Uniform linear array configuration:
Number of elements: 8
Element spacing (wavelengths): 0.5
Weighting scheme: exponential
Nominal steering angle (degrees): -45
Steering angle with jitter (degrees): -44.381
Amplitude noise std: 0.05
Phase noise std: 0.05

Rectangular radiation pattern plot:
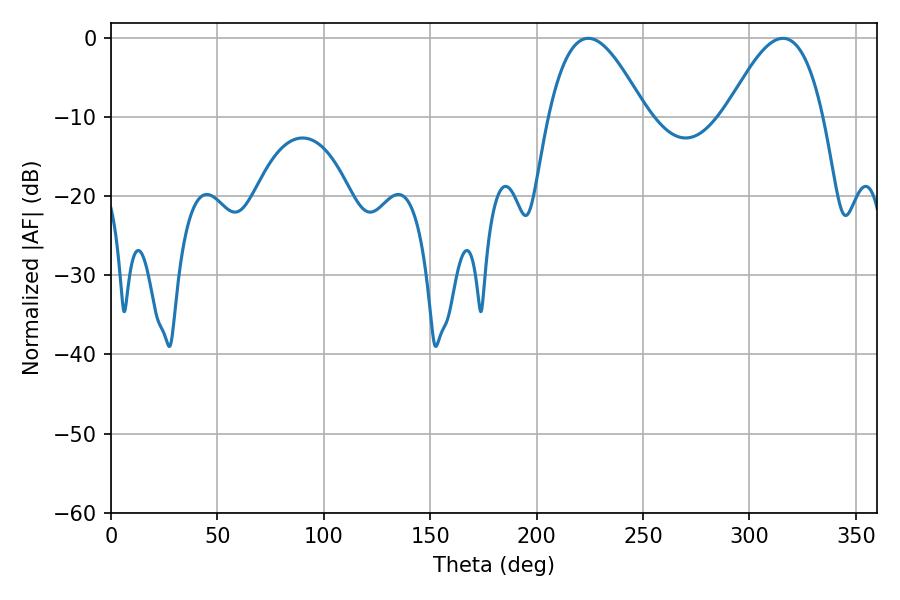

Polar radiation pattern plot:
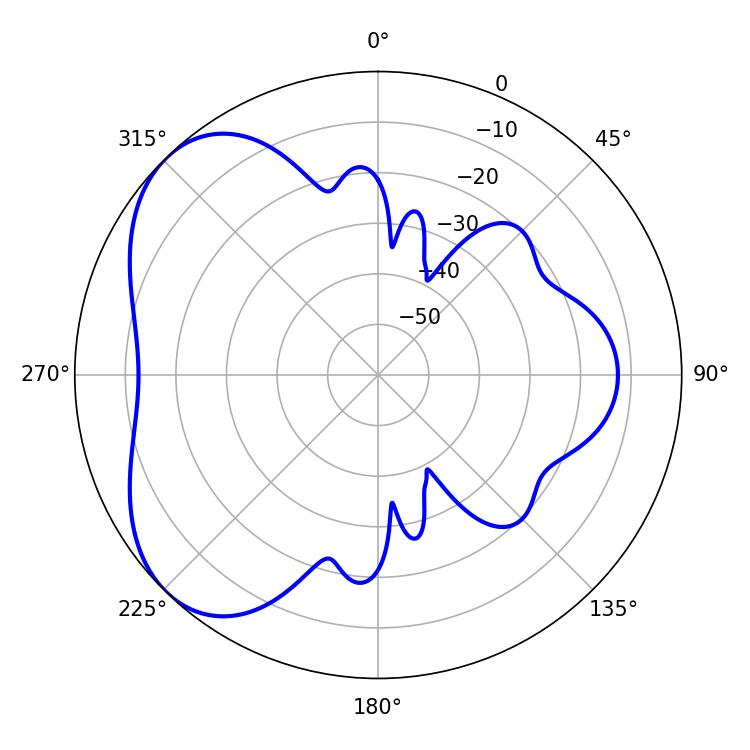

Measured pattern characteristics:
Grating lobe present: FALSE
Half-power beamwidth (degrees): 24.84
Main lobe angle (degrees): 224.28